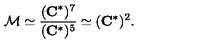
{ \cal M } \simeq \frac { ( { \bf C } ^ { * } ) ^ { 7 } } { ( { \bf C } ^ { * } ) ^ { 5 } } \simeq { ( { \bf C } ^ { * } ) ^ { 2 } } .